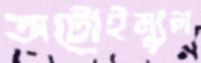
অটোইম্যুন